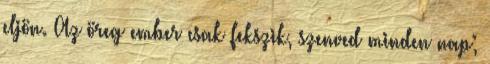
eljön. Az öreg ember csak fekszik, szenved minden nap;